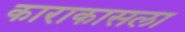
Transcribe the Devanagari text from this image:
काराकासला